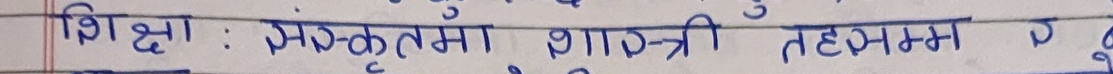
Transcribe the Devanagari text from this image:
शिक्षा : संस्कृतमा शास्त्री तहसम्म